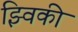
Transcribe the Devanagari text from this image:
झ्विकी